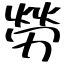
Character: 勞